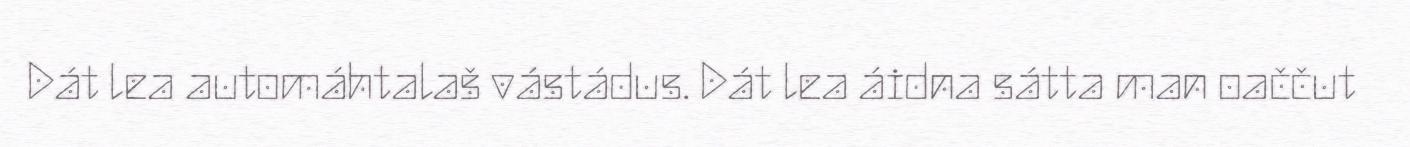
Dát lea automáhtalaš vástádus. Dát lea áidna sátta man oaččut